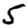
Digit: 5